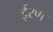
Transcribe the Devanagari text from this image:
ईरण